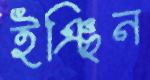
ইঞ্ছিন